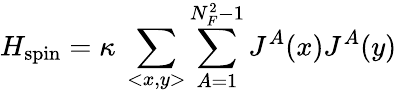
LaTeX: H_{\mathrm{spin}}=\kappa~\sum_{<x,y>}\sum_{A=1}^{N_{F}^{2}-1}J^{A}(x)J^{A}(y)